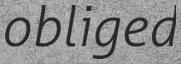
obliged